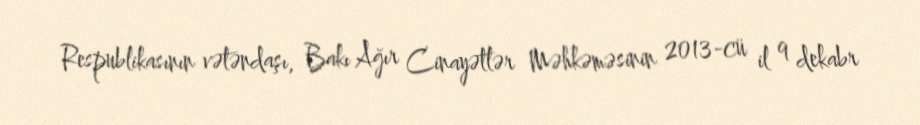
Respublikasının vətəndaşı, Bakı Ağır Cinayətlər Məhkəməsinin 2013-cü il 9 dekabr